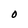
Character: O